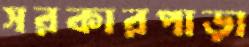
সরকারপাড়া